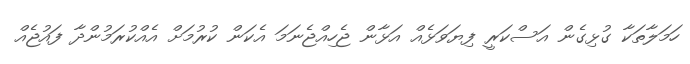
ހަމަލާތަކާ ގުޅިގެން އަސްކަރީ ފިޔަވަޅެއް އަޅާން ޖެހިއްޖެނަމަ އެކަން ކުރުމަށް އެއްކުރަމުންދާ ފައުޖެއް